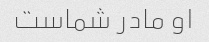
او مادر شماست